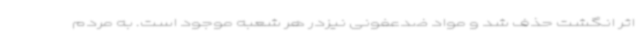
اثر انگشت حذف شد و مواد ضدعفونی نیزدر هر شعبه موجود است. به مردم